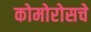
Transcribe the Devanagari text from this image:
कोमोरोसचे